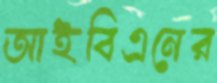
আইবিএনের